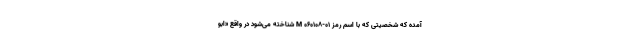
آمده که شخصیتی که با اسم رمز M ۰۶۰۱۰۸-۰۱ شناخته می‌شود در واقع «ابو